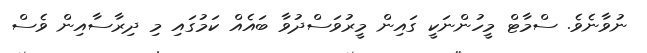
ނުވާނެވެ. ސްމާޓް މީހުންނަކީ ގައިން މީރުވަސްދުވާ ބައެއް ކަމުގައި މި ދިރާސާއިން ވެސް